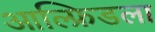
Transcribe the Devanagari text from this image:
आल्फ्रिडला